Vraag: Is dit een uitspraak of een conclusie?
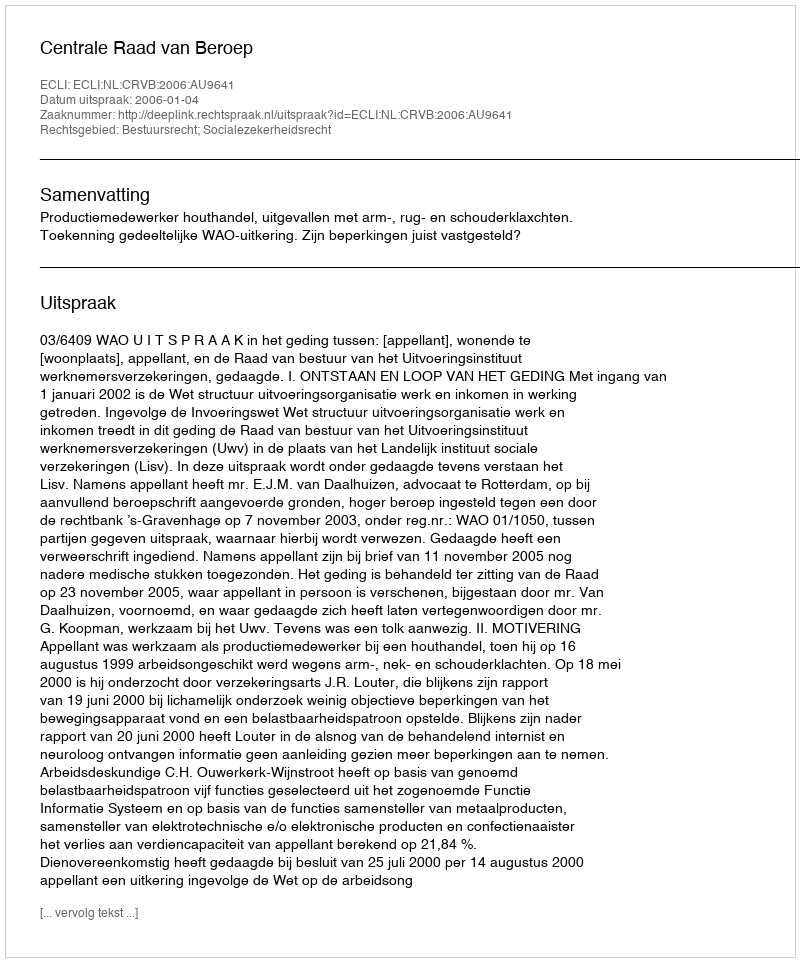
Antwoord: Uitspraak